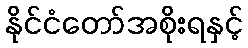
နိုင်ငံတော်အစိုးရနှင့်